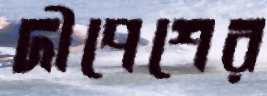
দীপেশের